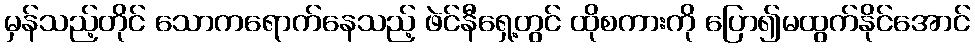
မှန်သည့်တိုင် သောကရောက်နေသည့် ဖဲင်နီရှေ့တွင် ထိုစကားကို ပြော၍မထွက်နိုင်အောင်